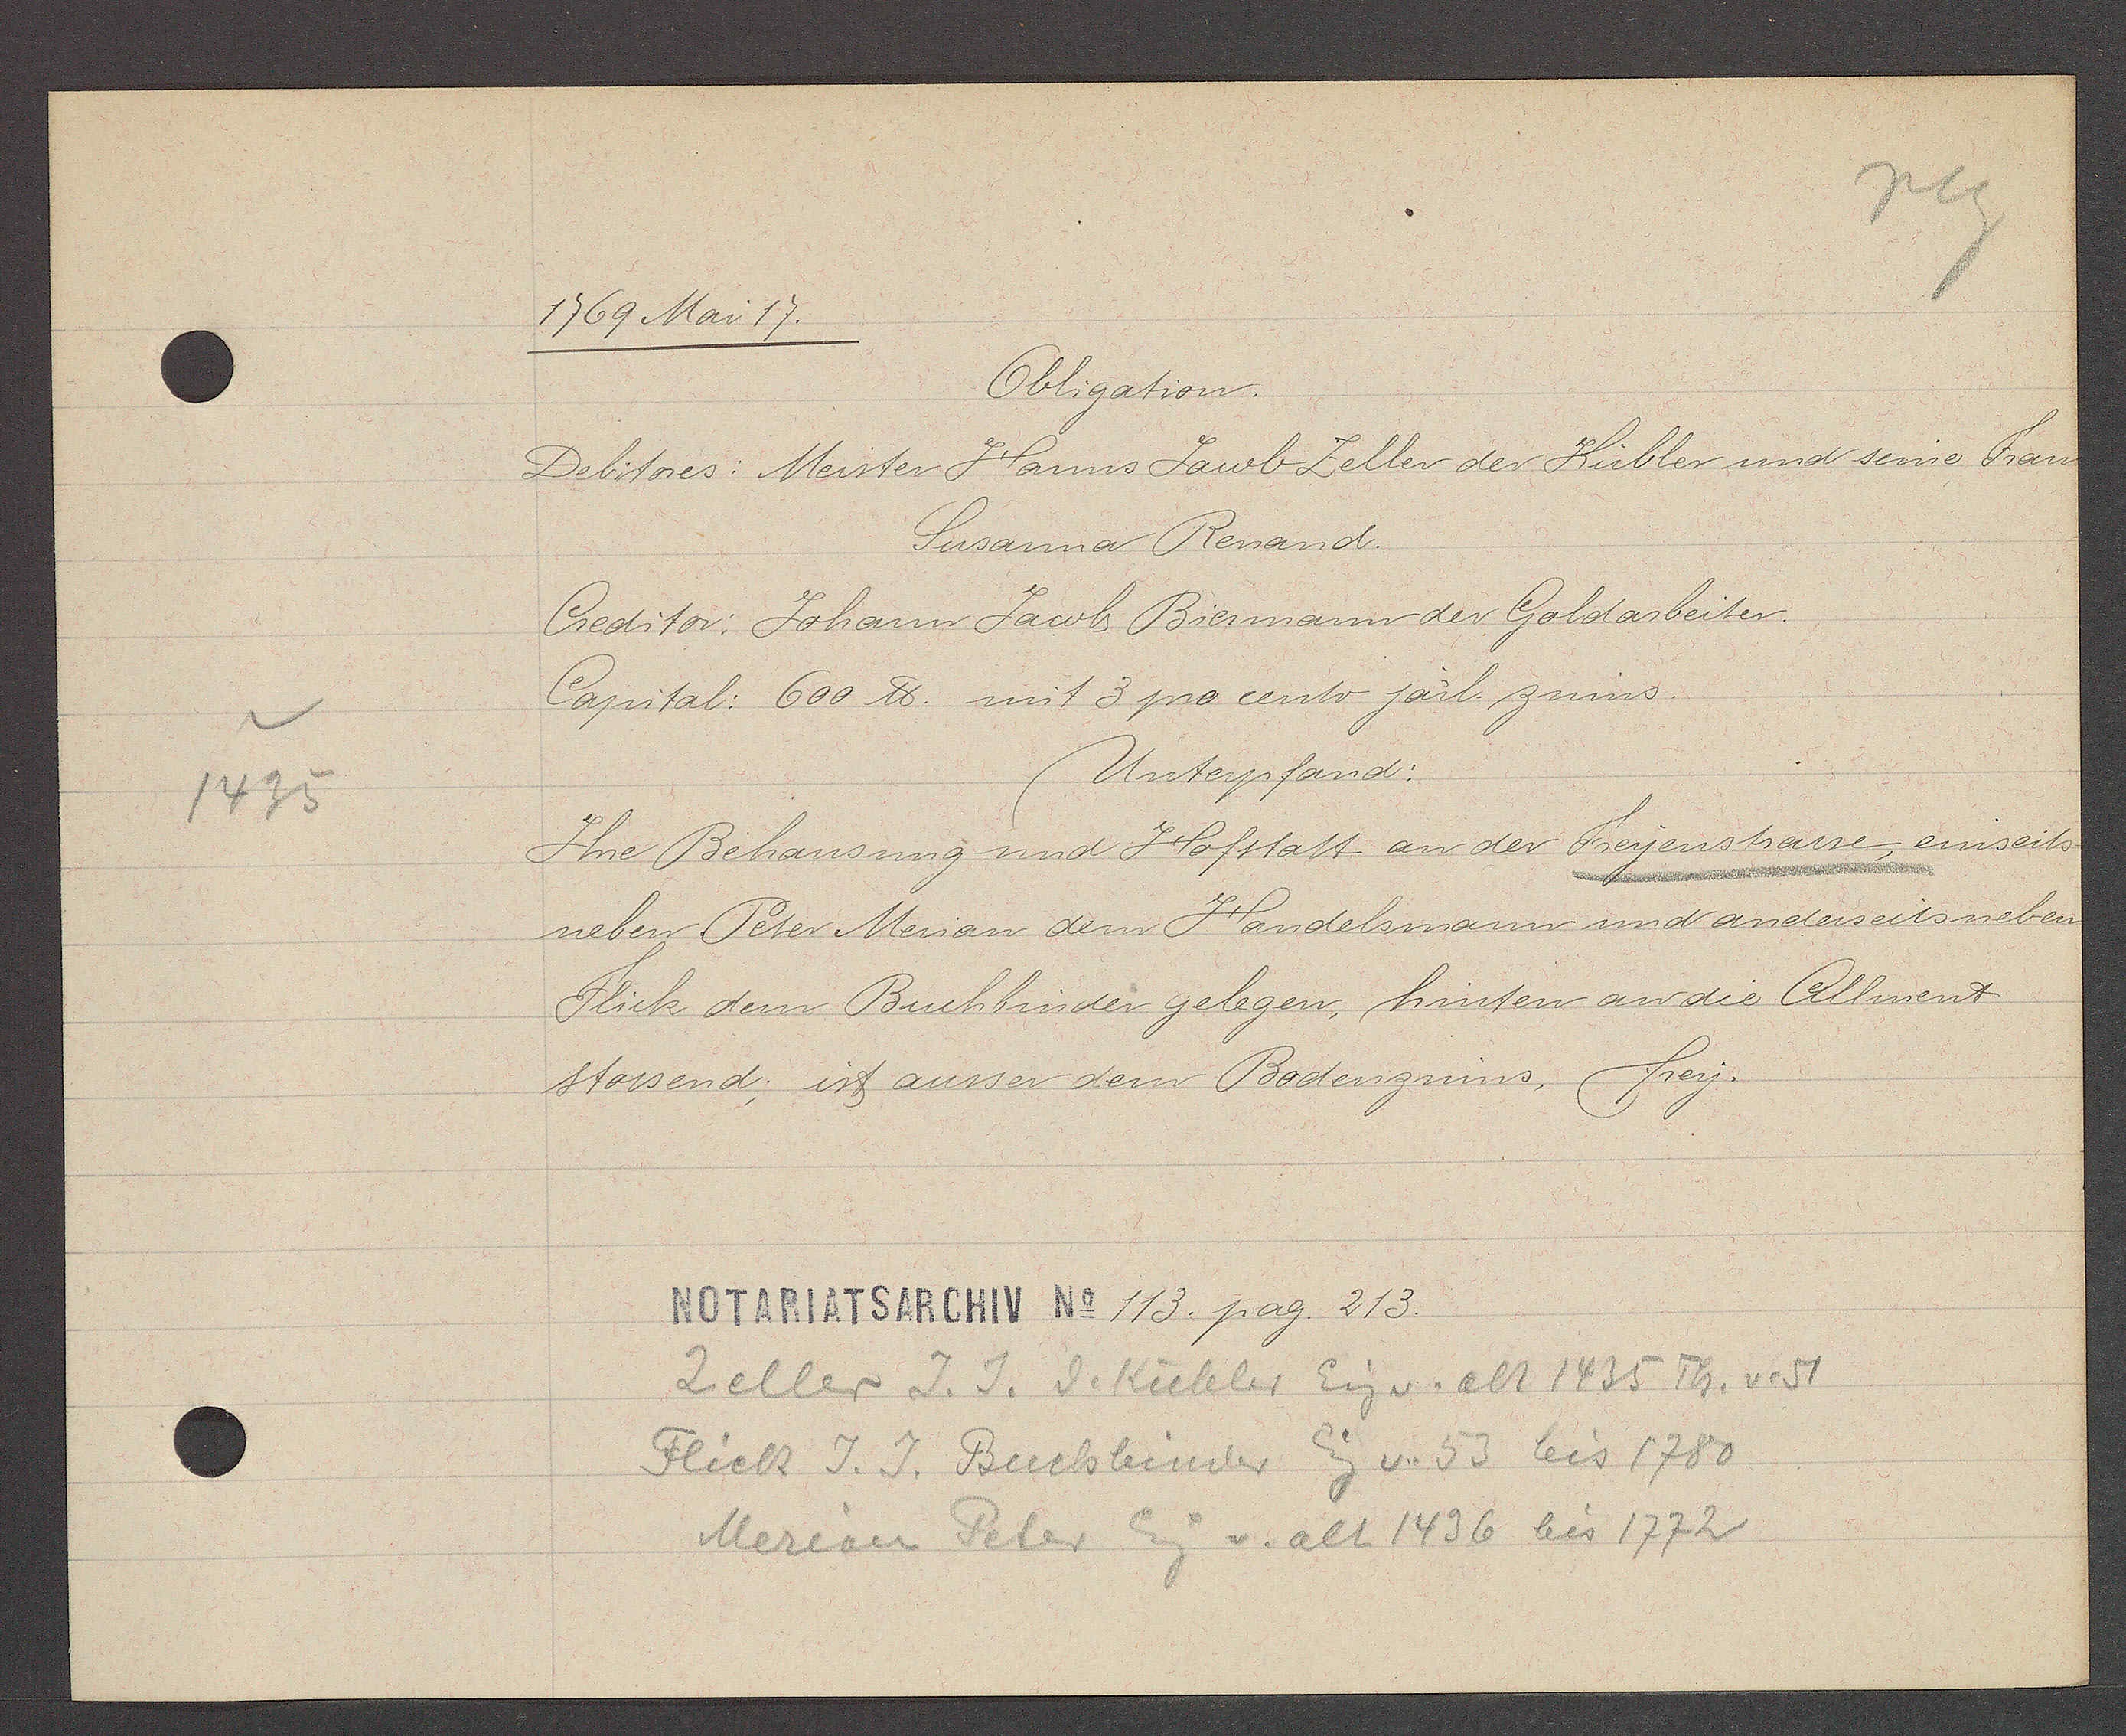
Transcript:
1435

1769 Mai 17.

Obligation.
Debitores: Meister Hanns Jacob Zeller der Kübler und seine Frau
Susanna Renand.
Creditor: Johann Jacob Biermann der Goldarbeiter
Capital: 600℔ mit 3 pro cento järl. zinns.
Unterpfand:
Ihre Behausung und Hofstatt an der Freyenstrasse, einseits
neben Peter Merian dem Handelsmann und anderseits neben
Flick dem Buchbinder gelegen, hinten an die Allment
stossend; ist ausser dem Bodenzinns, frey.

Notariatsarchiv No 113. pag. 213.

Zeller J. J. d. Kübler Eig v. alt 1435 Th. v. 51
Flick J. J. Buchbinder Eig v. 53 bis 1780
Merian Peter Eig.
alt 1436 bis 1772